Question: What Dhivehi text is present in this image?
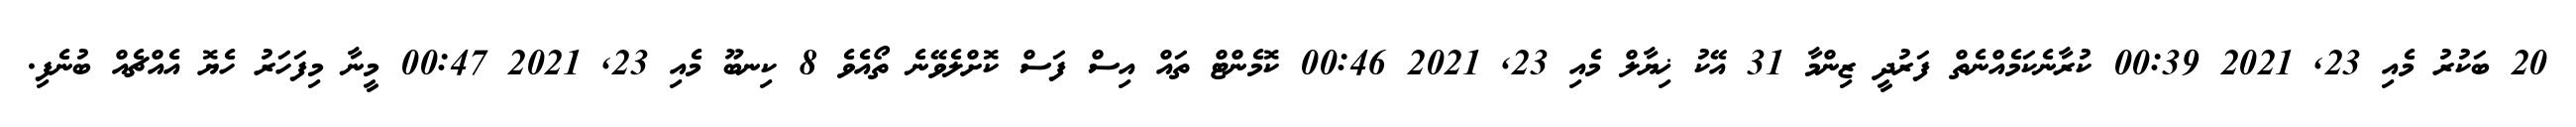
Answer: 20 ބަކުރު މެއި 23, 2021 00:39 ކުރާނެކަމެއްނެތް ފަރުދީ ޒިންމާ 31 އޭކު ޚިޔާލް މެއި 23, 2021 00:46 ކޮމެންޓް ތައް އިސް ފަސް ކޮށްލެވޭނެ ތޯއެވެ 8 ކިނބޫ މެއި 23, 2021 00:47 މީނާ މިފަހަރު ހެޔޮ އެއްޗެއް ބުނެފި.